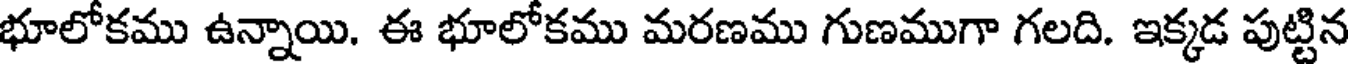
భూలోకము ఉన్నాయి. ఈ భూలోకము మరణము గుణముగా గలది. ఇక్కడ పుట్టిన